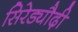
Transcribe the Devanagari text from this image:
सिरेड्यौढ़ी